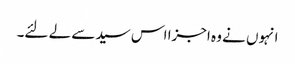
انہوں نے وہ اجزا اس سید سے لے لئے۔